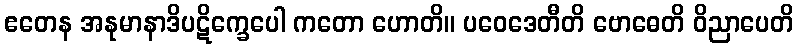
ဧတေန အနုမာနာဒိပဋိက္ခေပေါ ကတော ဟောတိ။ ပဝေဒေတီတိ ဗောဓေတိ ဝိညာပေတိ